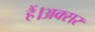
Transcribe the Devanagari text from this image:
हैं।अक्सर